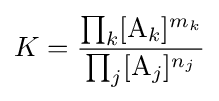
K={\frac {\prod _{k}[\mathrm {A} _{k}]^{m_{k}}}{\prod _{j}[\mathrm {A} _{j}]^{n_{j}}}}